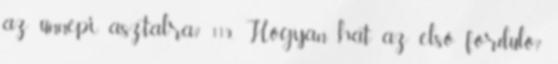
az ünnepi asztalra? 119. Hogyan hat az első forduló?